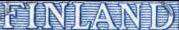
FINLAND